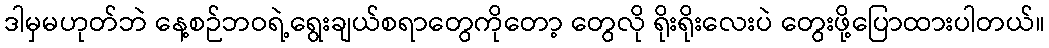
ဒါမှမဟုတ်ဘဲ နေ့စဉ်ဘဝရဲ့ရွေးချယ်စရာတွေကိုတော့ တွေလို ရိုးရိုးလေးပဲ တွေးဖို့ပြောထားပါတယ်။